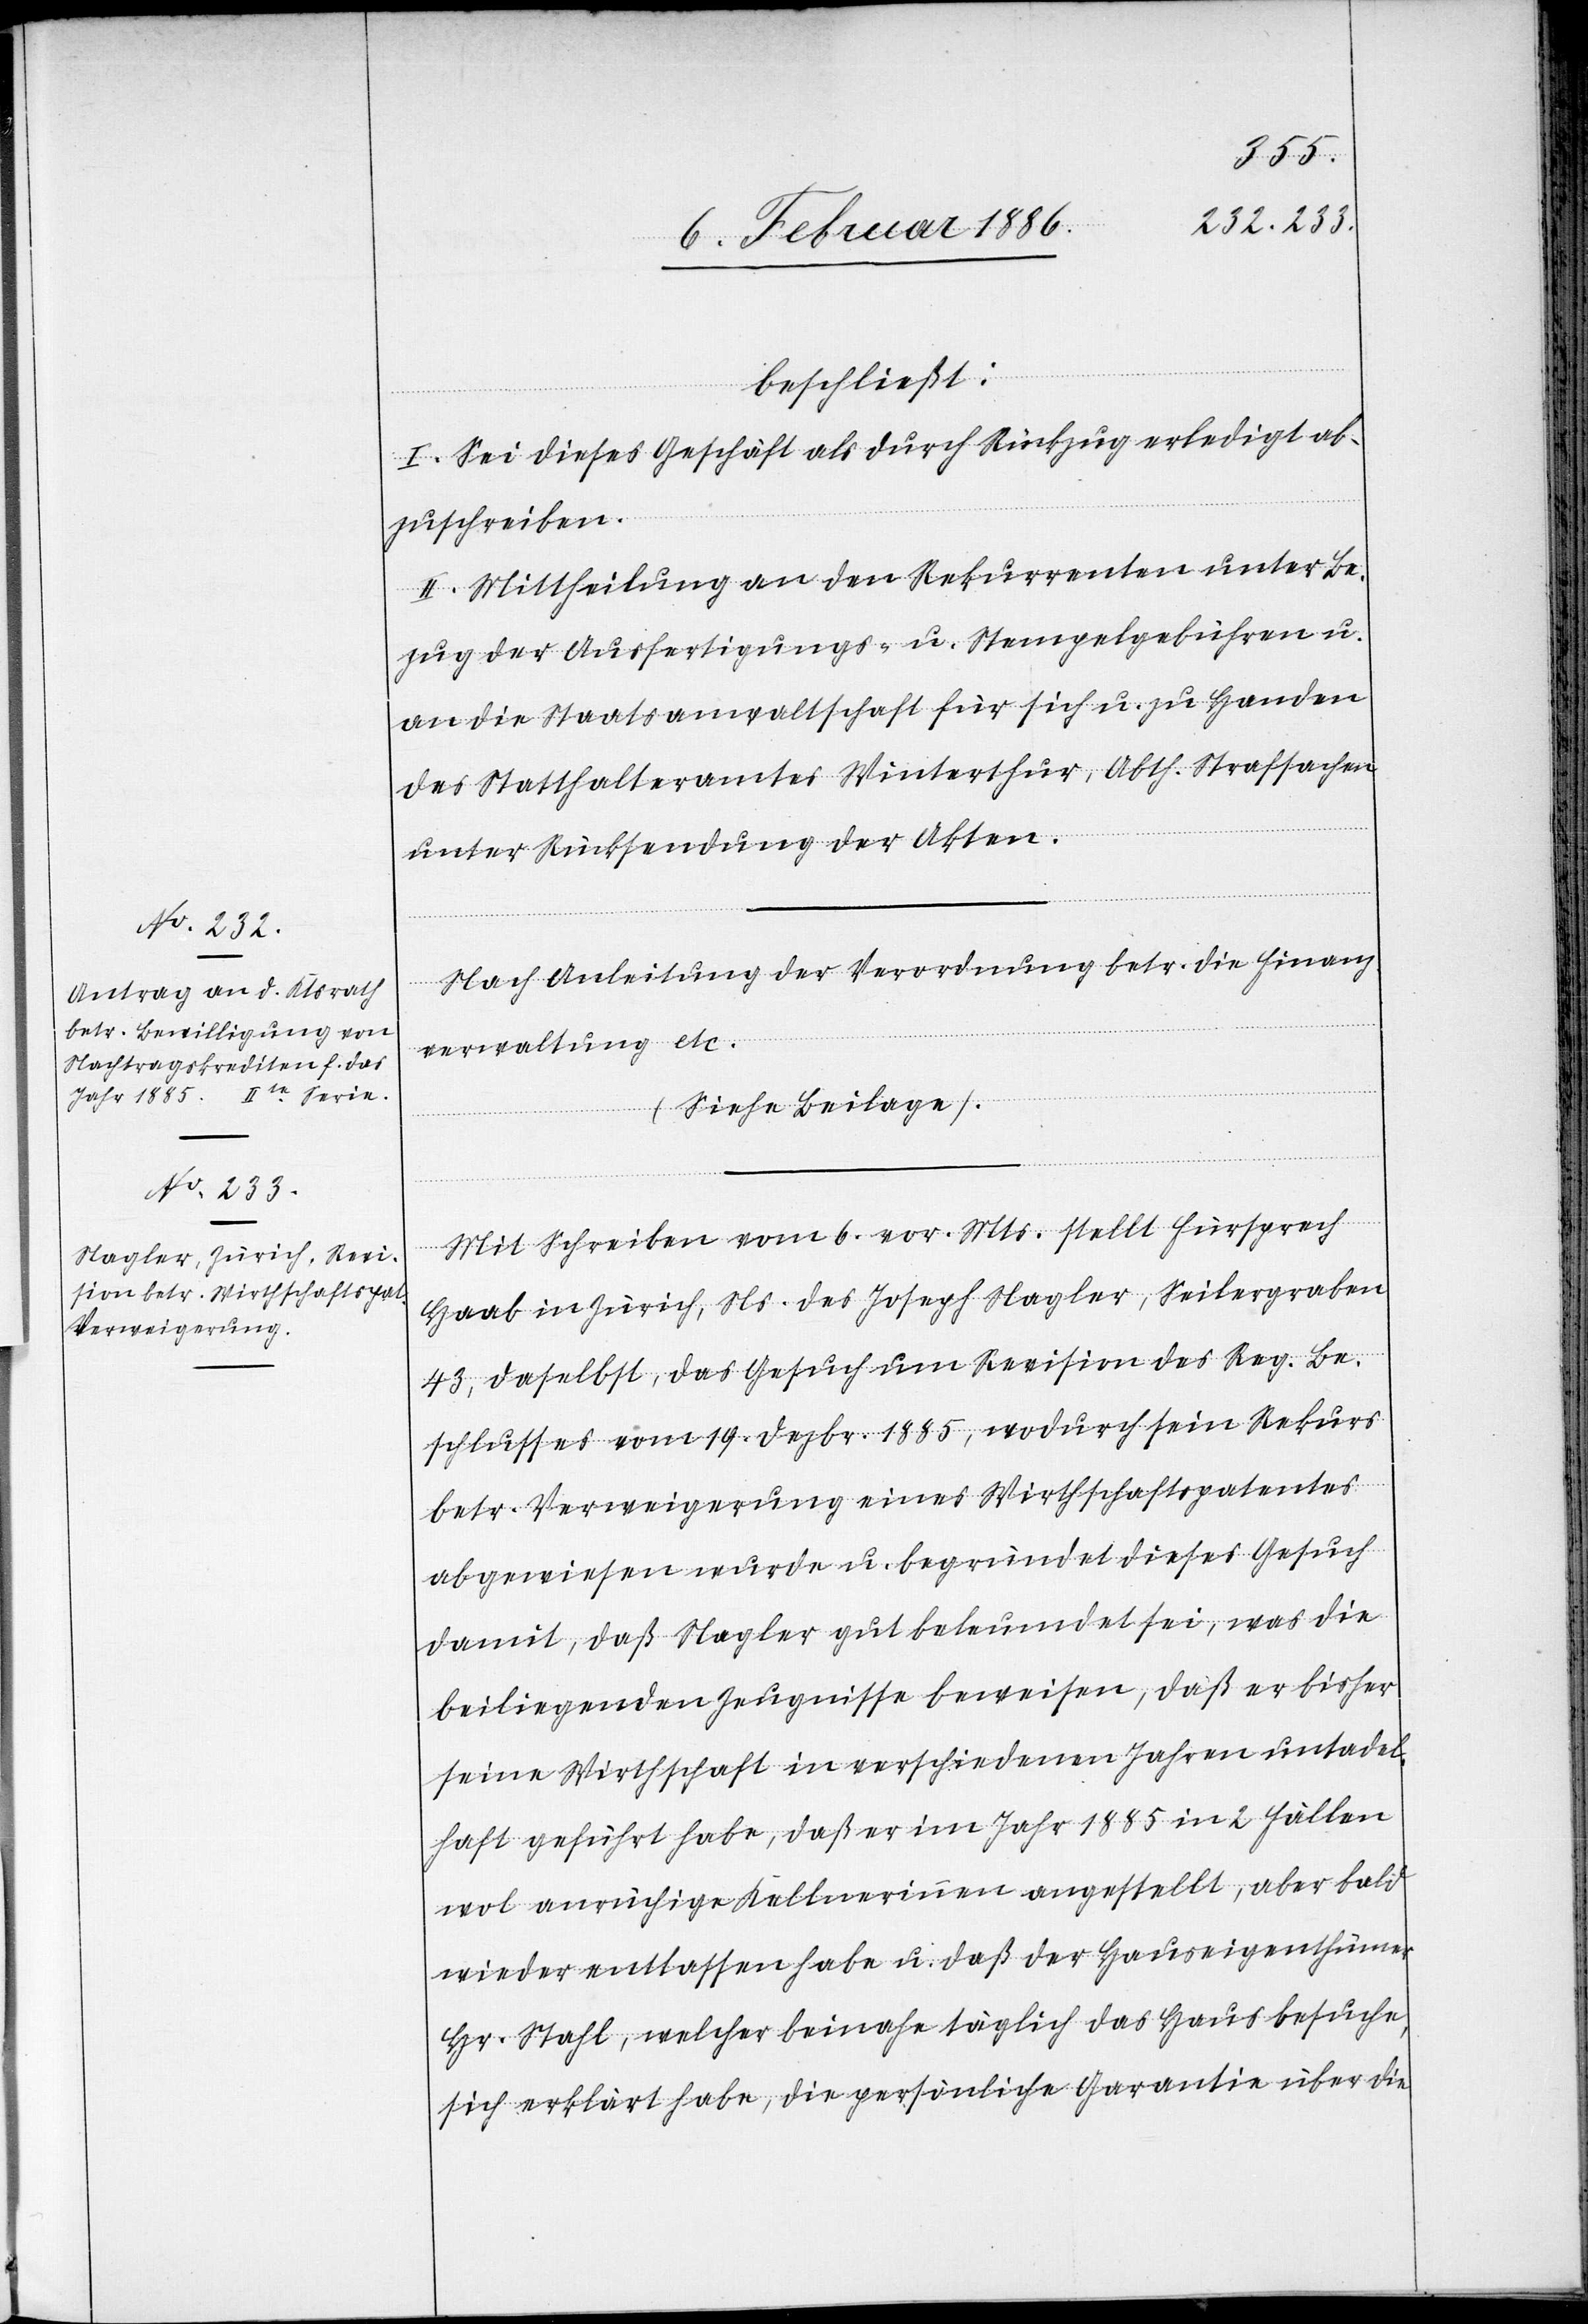
beschließt:
I. Sei dieses Geschäft als durch Rückzug erledigt ab¬
zuschreiben.
II. Mittheilung an den Rekurrenten unter Be¬
zug der Ausfertigungs- u. Stempelgebühren u.
an die Staatsanwaltschaft für sich u. zu Handen
des Statthalteramtes Winterthur, Abth. Strafsachen
unter Rücksendung der Akten.
Nach Anleitung der Verordnung betr. die Finanz¬
verwaltung etc.
(Siehe Beilage).
Mit Schreiben vom 6. vor. Mts. stellt Fürsprech
Haab in Zürich, Ns. des Joseph Nagler, Seilergraben
43, daselbst, das Gesuch um Revision des Reg. Be¬
schlusses vom 19. Dezbr. 1885, wodurch sein Rekurs
betr. Verweigerung eines Wirthschaftspatentes
abgewiesen wurde u. begründet dieses Gesuch
damit, daß Nagler gut beleumdet sei, was die
beiliegenden Zeugnisse beweisen, daß er bisher
seine Wirthschaft in verschiedenen Jahren untadel¬
haft geführt habe, daß er im Jahr 1885 in 2 Fällen
wol anrüchige Kellnerinnen angestellt, aber bald
wieder entlassen habe u. daß der Hauseigenthümer
Hr. Stahl, welcher beinahe täglich das Haus besuche,
sich erklärt habe, die persönliche Garantie über die